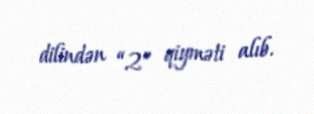
dilindən “2” qiyməti alıb.